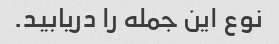
نوع این جمله را دریابید.